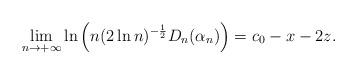
LaTeX: \begin{align*}\lim\limits_{n\to+\infty}\ln\left(n(2\ln n)^{-\frac{1}{2}} D_n(\alpha_n)\right)= c_0-x-2z.\end{align*}